Rangoon Lunatic Asylum 1878-1892 - 1878-1892
Year: 1878
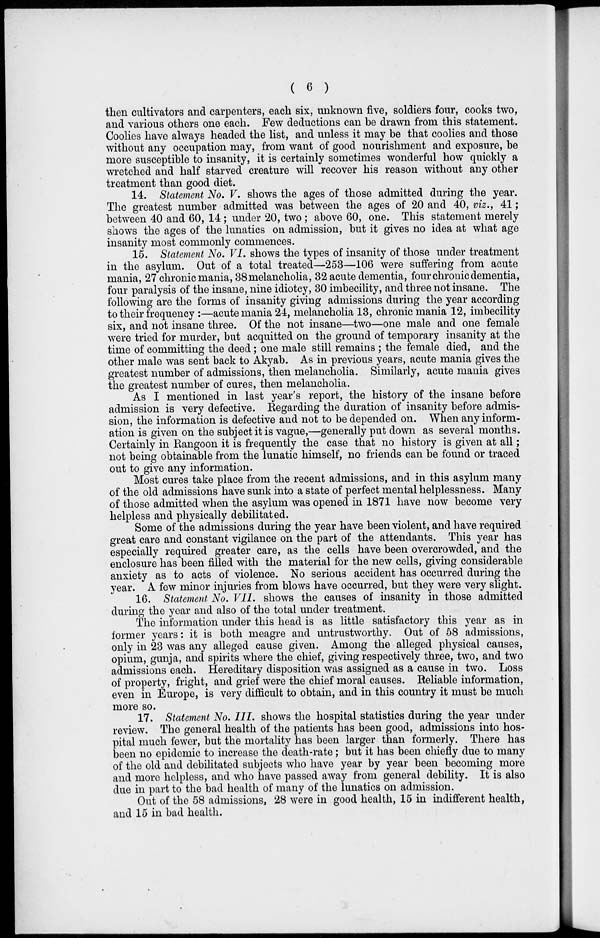
( 6 )
then cultivators and carpenters, each six, unknown five, soldiers four, cooks two,
and various others one each. Few deductions can be drawn from this statement.
Coolies have always headed the list, and unless it may be that coolies and those
without any occupation may, from want of good nourishment and exposure, be
more susceptible to insanity, it is certainly sometimes wonderful how quickly a
wretched and half starved creature will recover his reason without any other
treatment than good diet.
14. Statement No. V. shows the ages of those admitted during the year.
The greatest number admitted was between the ages of 20 and 40, viz., 41;
between 40 and 60, 14; under 20, two; above 60, one. This statement merely
shows the ages of the lunatics on admission, but it gives no idea at what age
insanity most commonly commences.
15. Statement No. VI. shows the types of insanity of those under treatment
in the asylum. Out of a total treated—253—106 were suffering from acute
mania, 27 chronic mania, 38melancholia, 32 acute dementia, four chronic dementia,
four paralysis of the insane, nine idiotcy, 30 imbecility, and three not insane. The
following are the forms of insanity giving admissions during the year according
to their frequency :—acute mania 24, melancholia 13, chronic mania 12, imbecility
six, and not insane three. Of the not insane—two—one male and one female
were tried for murder, but acquitted on the ground of temporary insanity at the
time of committing the deed; one male still remains ; the female died, and the
other male was sent back to Akyab. As in previous years, acute mania gives the
greatest number of admissions, then melancholia. Similarly, acute mania gives
the greatest number of cures, then melancholia.
As I mentioned in last year's report, the history of the insane before
admission is very defective. Regarding the duration of insanity before admis-
sion, the information is defective and not to be depended on. When any inform-
ation is given on the subject it is vague,—generally put down as several months.
Certainly in Rangoon it is frequently the case that no history is given at all;
not being obtainable from the lunatic himself, no friends can be found or traced
out to give any information.
Most cures take place from the recent admissions, and in this asylum many
of the old admissions have sunk into a state of perfect mental helplessness. Many
of those admitted when the asylum was opened in 1871 have now become very
helpless and physically debilitated.
Some of the admissions during the year have been violent, and have required
great care and constant vigilance on the part of the attendants. This year has
especially required greater care, as the cells have been overcrowded, and the
enclosure has been filled with the material for the new cells, giving considerable
anxiety as to acts of violence. No serious accident has occurred during the
year. A few minor injuries from blows have occurred, but they were very slight.
16. Statement No. VII. shows the causes of insanity in those admitted
during the year and also of the total under treatment.
The information under this head is as little satisfactory this year as in
former years: it is both meagre and untrustworthy. Out of 58 admissions,
only in 23 was any alleged cause given. Among the alleged physical causes,
opium, gunja, and spirits where the chief, giving respectively three, two, and two
admissions each. Hereditary disposition was assigned as a cause in two. Loss
of property, fright, and grief were the chief moral causes. Reliable information,
even in Europe, is very difficult to obtain, and in this country it must be much
more so.
17. Statement No. III. shows the hospital statistics during the year under
review. The general health of the patients has been good, admissions into hos-
pital much fewer, but the mortality has been larger than formerly. There has
been no epidemic to increase the death-rate; but it has been chiefly due to many
of the old and debilitated subjects who have year by year been becoming more
and more helpless, and who have passed away from general debility. It is also
due in part to the bad health of many of the lunatics on admission.
Out of the 58 admissions, 28 were in good health, 15 in indifferent health,
and 15 in bad health.